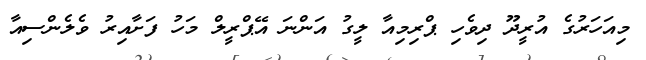
މިއަހަރުގެ އުރީދޫ ދިވެހި ޕްރިމިއާ ލީގު އަންނަ އޭޕްރީލް މަހު ފަށާއިރު ވެލެންސިއާ